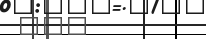
١١٠